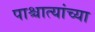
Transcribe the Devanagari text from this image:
पाश्चात्यांच्या